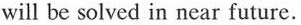
will be solved in near future.